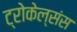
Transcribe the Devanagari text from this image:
ट्रोकेल्संस